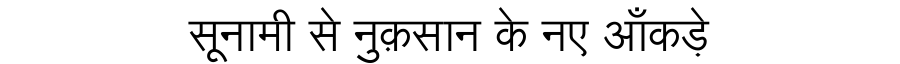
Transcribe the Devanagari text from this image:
सूनामी से नुक़सान के नए आँकड़े